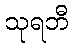
သုရဘီ